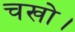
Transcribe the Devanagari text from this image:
चखो।